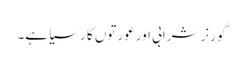
گورنر شرابی اور عورتوں کا رسیا ہے۔